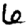
Digit: 6